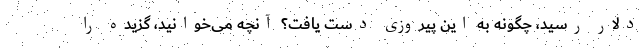
دلار رسید، چگونه به این پیروزی دست یافت؟ آنچه می‌خوانید، گزیده را